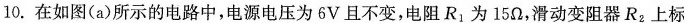
10.在如图(a)所示的电路中，电源电压为6V且不变，电阻R_{1}为15Ω，滑动变阻器R_{2}上标